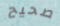
صحيح